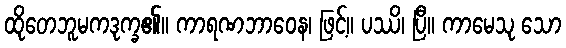
ထိုတေဘူမကဒုက္ခ၏။ ကာရဏဘာဝေန၊ ဖြင့်။ ပဿိ၊ ပြီ။ ကာမေသု သော